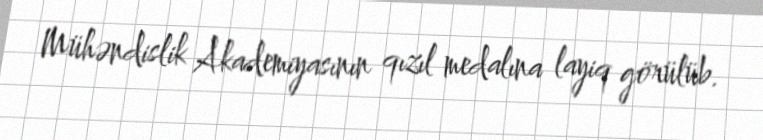
Mühəndislik Akademiyasının qızıl medalına layiq görülüb.